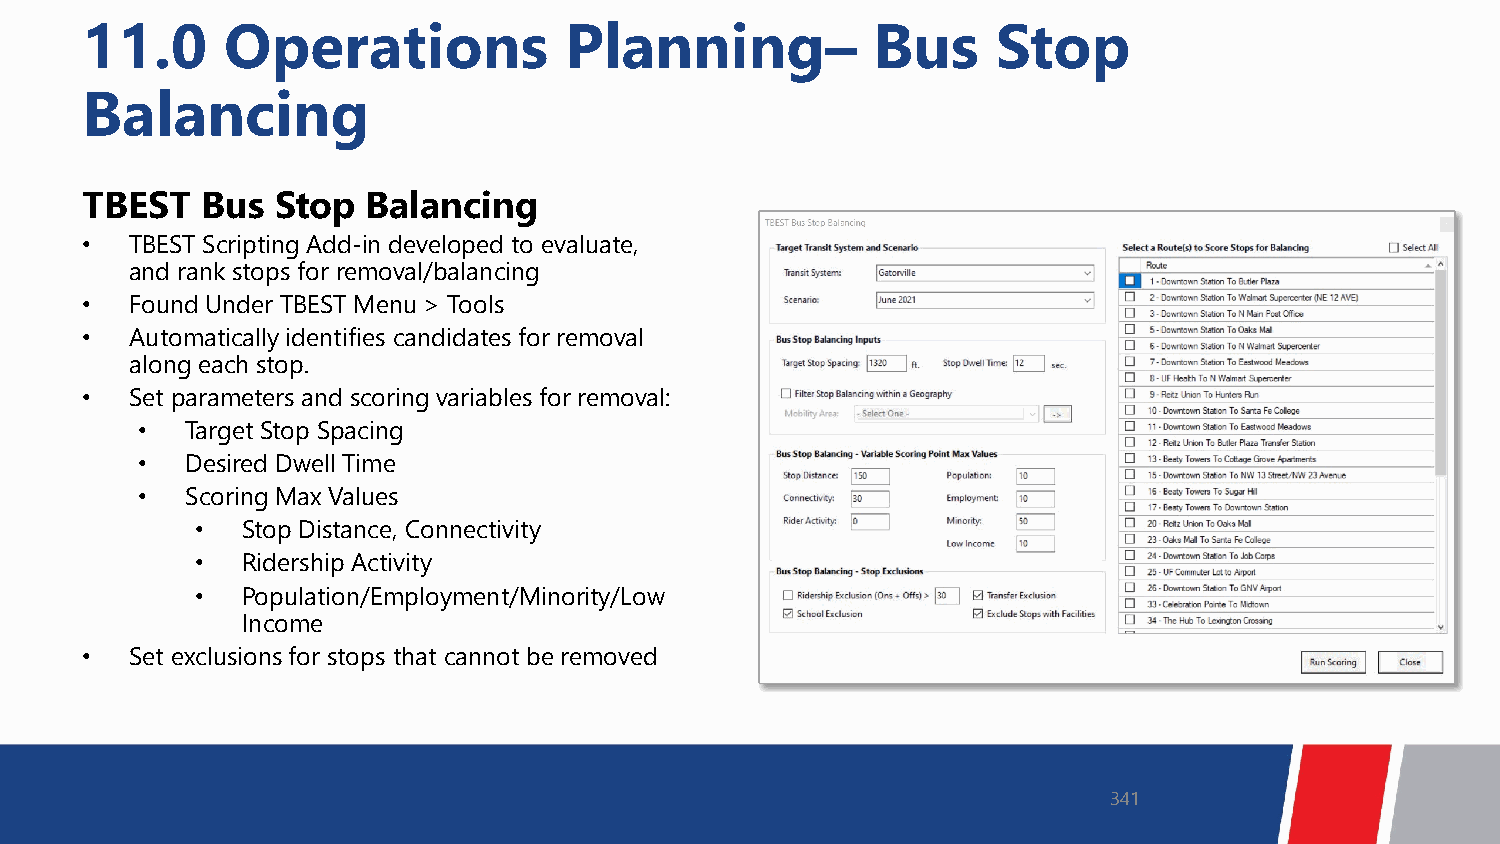
11.0      Operations            Planning–            Bus     Stop
 Balancing
 TBEST   Bus  Stop  Balancing
 •   TBEST Scripting Add-in developed to evaluate,
 and rank stops for removal/balancing
 •   Found Under TBEST Menu > Tools
 •   Automatically identifies candidates for removal
 along each stop.
 •   Set parameters and scoring variables for removal:
 •  Target Stop Spacing
 •  Desired Dwell Time
 •  Scoring Max Values
 •  Stop Distance, Connectivity
 •  Ridership Activity
 •  Population/Employment/Minority/Low
 Income
 •   Set exclusions for stops that cannot be removed
 341